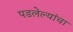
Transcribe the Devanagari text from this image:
पडलेल्यांचा